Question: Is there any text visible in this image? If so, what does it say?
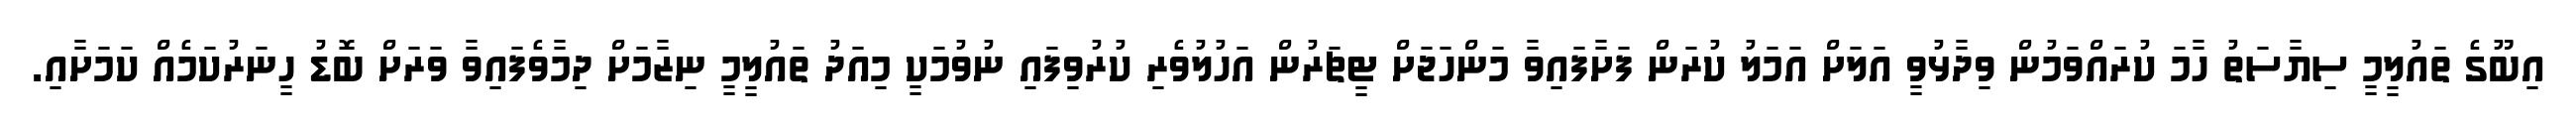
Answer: އިބޫގެ ތައުލީމީ ސިޔާސަތު ހާމަ ކުރައްވަމުން ވިދާޅުވީ އަލަށް އަމަލު ކުރަން ފަށާފައިވާ މަންހަޖަށް ޓީޗަރުން އަހުލުވެރި ކުރުވިފައި ނުވުމަކީ މިއަދު ތައުލީމީ ނިޒާމަށް ދިމާވެފައިވާ ވަރަށް ބޮޑު ހީނަރުކަމެއް ކަމަށާއި.